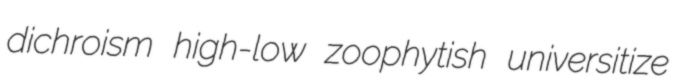
dichroism high-low zoophytish universitize